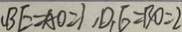
_ { 1 } B E = A O = 1 , D _ { 1 } E = B O = 2